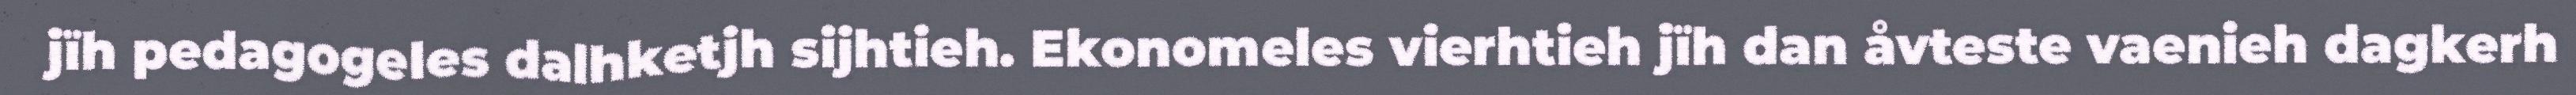
jïh pedagogeles dalhketjh sijhtieh. Ekonomeles vierhtieh jïh dan åvteste vaenieh dagkerh